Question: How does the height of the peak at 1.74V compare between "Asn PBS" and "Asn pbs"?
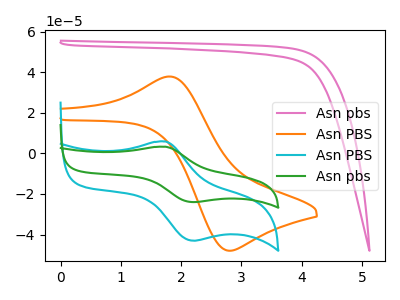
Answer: <think>The pink curve "Asn pbs" has no peaks. The orange curve "Asn PBS" has an anodic peak at (1.85V, 37.80uA) and a cathodic peak at (2.80V, -48.00uA). The cyan curve "Asn PBS" has an anodic peak at (1.75V, 5.85uA) and a cathodic peak at (2.20V, -43.05uA). The green curve "Asn pbs" has an anodic peak at (1.75V, 3.25uA) and a cathodic peak at (2.20V, -24.00uA).</think>
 <answer>The peak at 1.74V is higher in "Asn PBS" than in "Asn pbs".</answer>
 <eval>higher</eval>